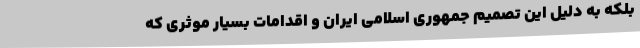
بلکه به دلیل این تصمیم جمهوری اسلامی ایران و اقدامات بسیار موثری که